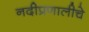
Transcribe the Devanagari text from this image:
नदीप्रणालीचे